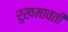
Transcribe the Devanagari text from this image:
रुखमावती